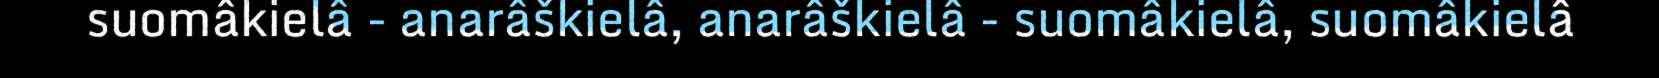
suomâkielâ - anarâškielâ, anarâškielâ - suomâkielâ, suomâkielâ